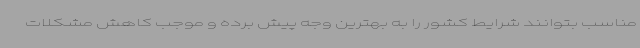
مناسب بتوانند شرایط کشور را به بهترین وجه پیش برده و موجب کاهش مشکلات